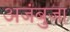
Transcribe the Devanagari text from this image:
अजंबुजा